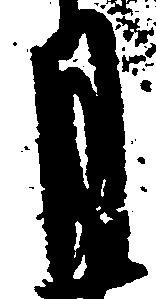
月